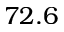
7 2 . 6